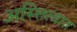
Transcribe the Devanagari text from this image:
अस्त्तित्वात